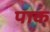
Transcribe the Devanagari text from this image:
पाक